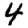
Digit: 4